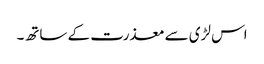
اس لڑی سے معذرت کے ساتھ۔